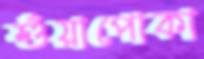
শুঁয়াপোকা